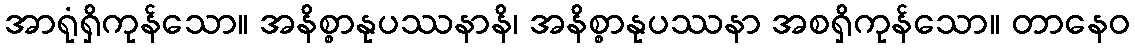
အာရုံရှိကုန်သော။ အနိစ္စာနုပဿနာနိ၊ အနိစ္စာနုပဿနာ အစရှိကုန်သော။ တာနေဝ